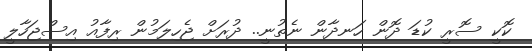
ކޮކީ ސޮރީ ކުޑަ ދޮން ހަނދާން ނެތުނީ.. ދުރަށް ޖެހިލަމުން ރިފާއު އިސްޖަހާލީ